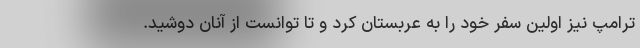
ترامپ نیز اولین سفر خود را به عربستان کرد و تا توانست از آنان دوشید.